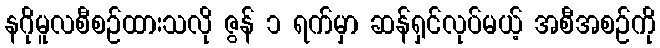
နဂိုမူလစီစဉ်ထားသလို ဇွန် ၁ ရက်မှာ ဆန်ရှင်လုပ်မယ့် အစီအစဉ်ကို